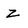
Character: z